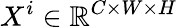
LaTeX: X^{i}\in\mathbb{R}^{C\times W\times H}